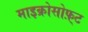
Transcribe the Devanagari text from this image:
माइक्रोसोफ़्ट